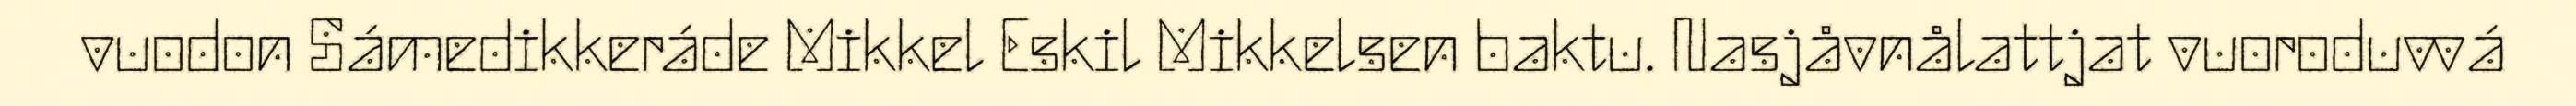
vuodon Sámedikkeráde Mikkel Eskil Mikkelsen baktu. Nasjåvnålattjat vuoroduvvá